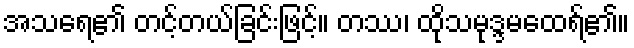
အသရေ၏ တင့်တယ်ခြင်းဖြင့်။ တဿ၊ ထိုသမုဒ္ဒမထေရ်၏။